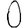
Digit: 0